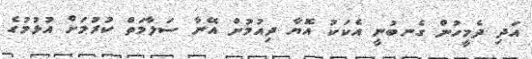
އަދި ދެމީހުން ގެނބުނީ އެކަކު އޮޔާ ދިއުމުން އޭނާ ސަލާމަތް ކުރުމަށް އުޅުމުގެ